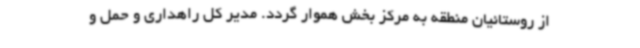
از روستائیان منطقه به مرکز بخش هموار گردد. مدیر کل راهداری و حمل و